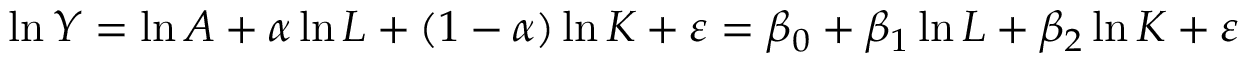
\ln Y = \ln A + \alpha \ln L + ( 1 - \alpha ) \ln K + \varepsilon = \beta _ { 0 } + \beta _ { 1 } \ln L + \beta _ { 2 } \ln K + \varepsilon